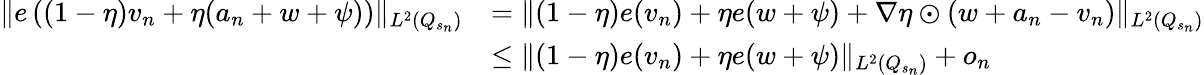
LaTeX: \begin{array}{rl}{\Vert e\left((1-\eta)v_{n}+\eta(a_{n}+w+\psi)\right)\Vert_{L^{2}(Q_{s_{n}})}}&{=\Vert(1-\eta)e(v_{n})+\eta e(w+\psi)+\nabla\eta\odot(w+a_{n}-v_{n})\Vert_{L^{2}(Q_{s_{n}})}}\\ &{\leq\Vert(1-\eta)e(v_{n})+\eta e(w+\psi)\Vert_{L^{2}(Q_{s_{n}})}+o_{n}}\end{array}